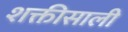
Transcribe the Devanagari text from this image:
शक्तीसाली